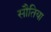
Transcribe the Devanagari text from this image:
सौतिया